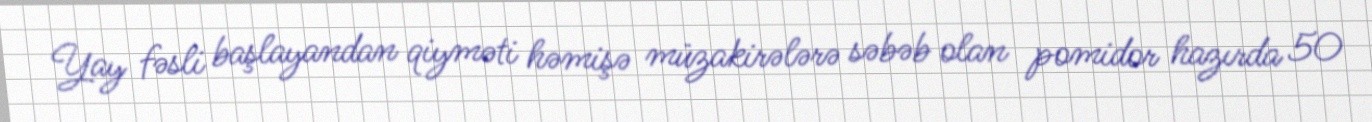
Yay fəsli başlayandan qiyməti həmişə müzakirələrə səbəb olan pomidor hazırda 50